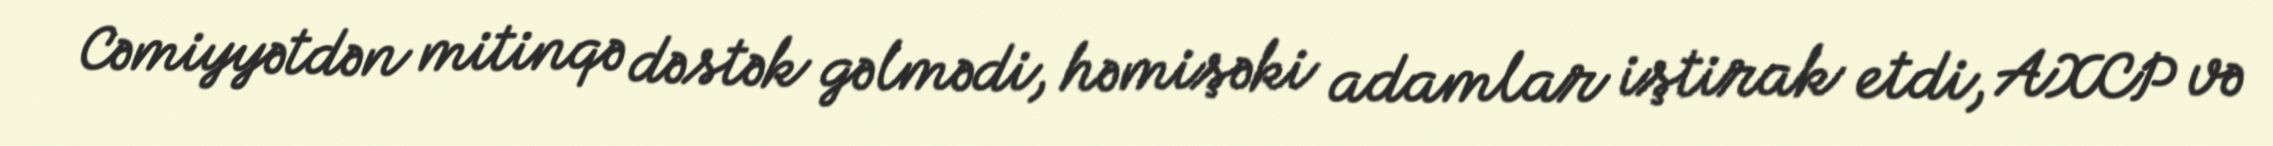
Cəmiyyətdən mitinqə dəstək gəlmədi, həmişəki adamlar iştirak etdi, AXCP və